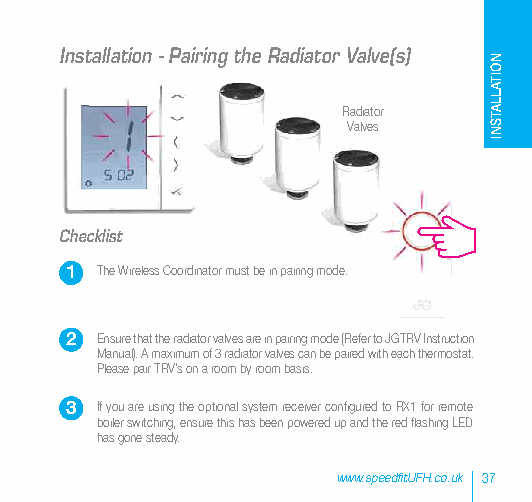
Installation - Pairing the Radiator Valve(s)
 Radiator
 Valves
 Checklist
 1 The Wireless Coordinator must be in pairing mode.
 2 Ensure that the radiator valves are in pairing mode (Refer to JGTRV Instruction
 Manual). A maximum of 3 radiator valves can be paired with each thermostat.
 Please pair TRV’s on a room by room basis.
 3 If you are using the optional system receiver configured to RX1 for remote
 boiler switching, ensure this has been powered up and the red flashing LED
 has gone steady.
 www.speedfitUFH.co.uk 37
 NOITALLATSNI